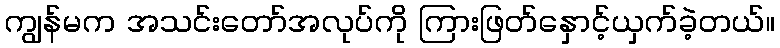
ကျွန်မက အသင်းတော်အလုပ်ကို ကြားဖြတ်နှောင့်ယှက်ခဲ့တယ်။